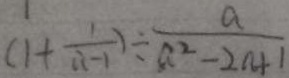
( 1 + \frac { 1 } { a - 1 } ) \div \frac { a } { a ^ { 2 } - 2 a + 1 }